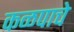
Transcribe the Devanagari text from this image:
कळपाचे